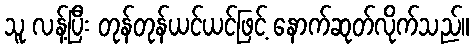
သူ လန့်ပြီး တုန်တုန်ယင်ယင်ဖြင့် နောက်ဆုတ်လိုက်သည်။